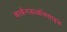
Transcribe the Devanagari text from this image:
कार्बनडाऑक्साइड